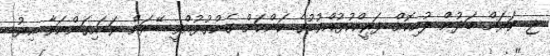
ޖ. ވަރަށް މަދުން ލުއިކޮށް ފަރީއްކުޅުއްވުމުގެ ކަންކަން ގެންގުޅުއްވީ. ބޭރަށް ވަޑައިގަންނަވާ އިރު